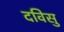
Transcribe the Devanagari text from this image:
दविसु